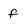
Character: f